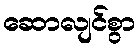
ဆောလျင်စွာ